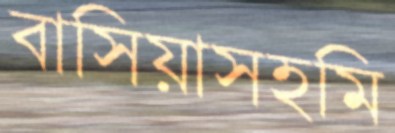
বাসিয়াসহমি